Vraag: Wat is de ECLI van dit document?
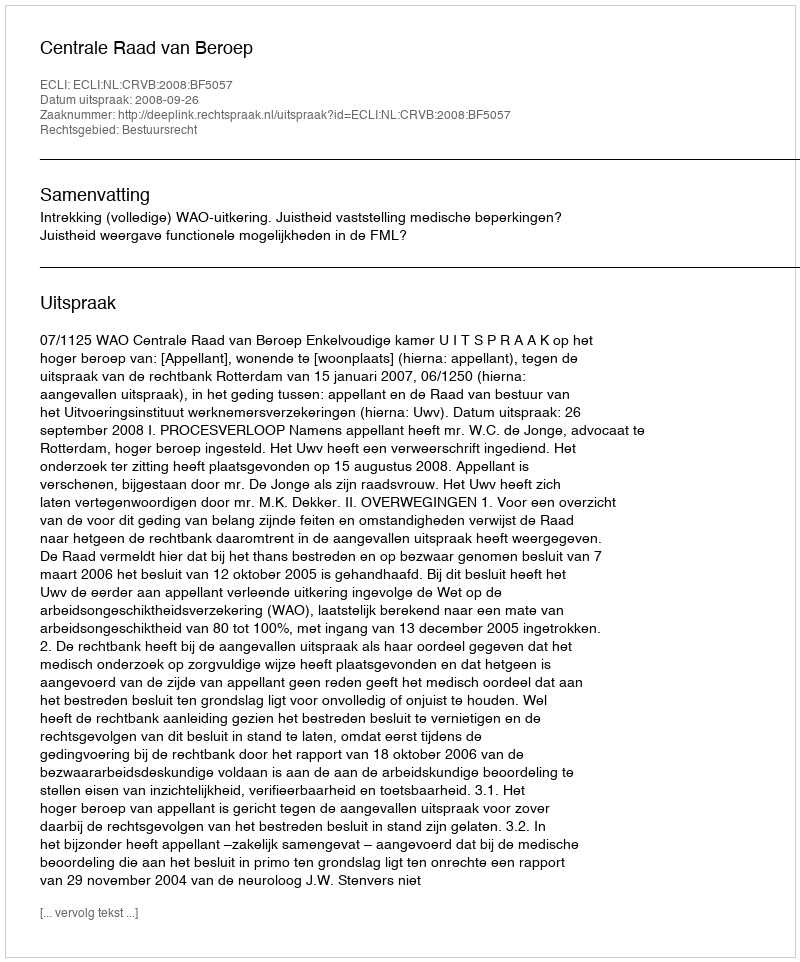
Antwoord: ECLI:NL:CRVB:2008:BF5057